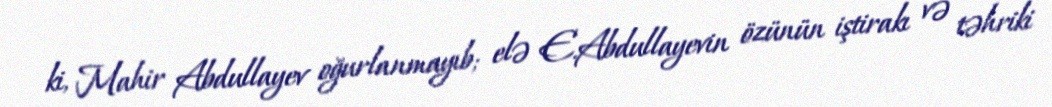
ki, Mahir Abdullayev oğurlanmayıb; elə E.Abdullayevin özünün iştirakı və təhriki